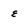
Character: e